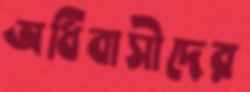
অধিবাসীদের